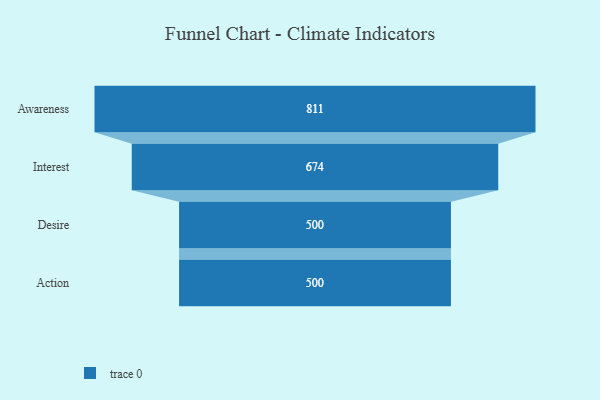
{"axis": {"x": "Stage", "y": "Value"}, "legend": [""], "data": [{"x": "Awareness", "y": 811.0, "type": ""}, {"x": "Interest", "y": 674.0, "type": ""}, {"x": "Desire", "y": 500, "type": ""}, {"x": "Action", "y": 500, "type": ""}]}